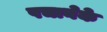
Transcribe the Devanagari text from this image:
पचानेके